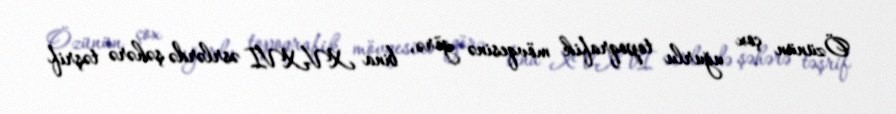
Özünün çox uğurlu topoqrafik mövqesinə görə, bina XV-XVI əsrlərdə şəhərə təşrif